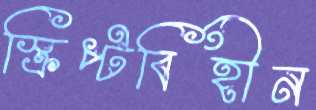
স্ক্রিপ্টবিহীন